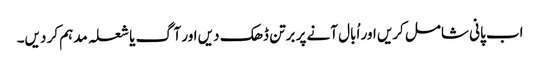
اب پانی شامل کریں اور اُبال آنے پر برتن ڈھک دیں اور آگ یا شعلہ مدہم کر دیں۔